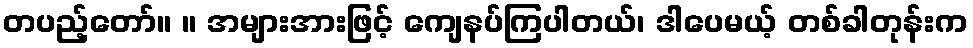
တပည့်တော်။ ။ အများအားဖြင့် ကျေနပ်ကြပါတယ်၊ ဒါပေမယ့် တစ်ခါတုန်းက